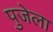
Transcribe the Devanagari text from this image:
पुजेला